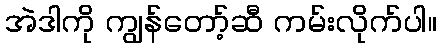
အဲဒါကို ကျွန်တော့်ဆီ ကမ်းလိုက်ပါ။